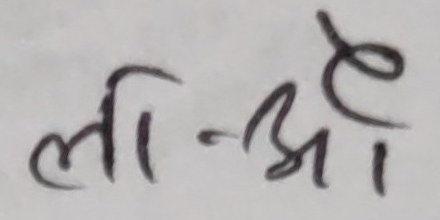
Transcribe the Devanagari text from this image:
ली-ओ